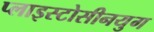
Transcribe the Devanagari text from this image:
प्लाइस्टोसीनयुग